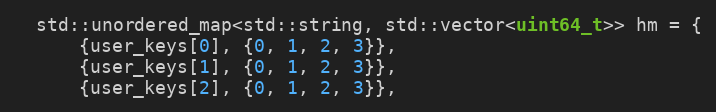
Language: C++
  std::unordered_map<std::string, std::vector<uint64_t>> hm = {
      {user_keys[0], {0, 1, 2, 3}},
      {user_keys[1], {0, 1, 2, 3}},
      {user_keys[2], {0, 1, 2, 3}},